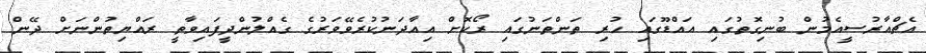
އެޗްއާރުސީއެމުން ބުނިގޮތުގައި އައްޑޫގައި ހުރި ތަންތަނުގައި ރޯކޮށް އިއާދަނުކުރެވޭވަރުގެ ގެއްލުންދީފައިވާތީ ރައްޔިތުންނަށް ދޭން